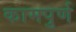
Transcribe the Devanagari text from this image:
कामपुर्ण